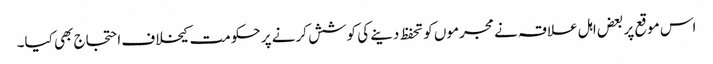
اس موقع پر بعض اہل علاقہ نے مجرموں کو تحفظ دینے کی کوشش کرنے پر حکومت کیخلاف احتجاج بھی کیا۔